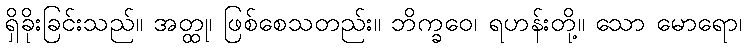
ရှိခိုးခြင်းသည်။ အတ္ထု၊ ဖြစ်စေသတည်း။ ဘိက္ခဝေ၊ ရဟန်းတို့။ သော မောရော၊